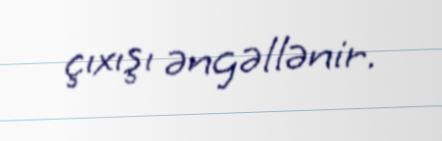
çıxışı əngəllənir.